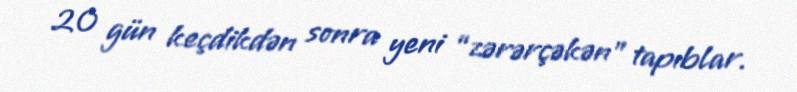
20 gün keçdikdən sonra yeni “zərərçəkən” tapıblar.